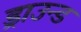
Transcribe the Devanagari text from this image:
ड्राउन्ड